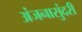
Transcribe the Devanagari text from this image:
अंजनासुंदरी